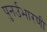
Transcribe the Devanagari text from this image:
पुनर्उभारणी